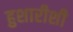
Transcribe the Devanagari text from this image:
हुशारीशी